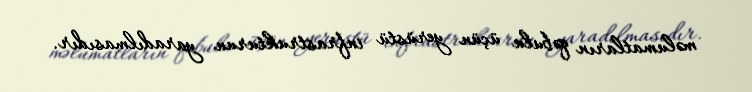
məlumatların qəbulu üçün yerüstü infrastrukturun yaradılmasıdır.